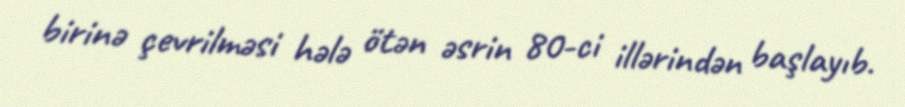
birinə çevrilməsi hələ ötən əsrin 80-ci illərindən başlayıb.